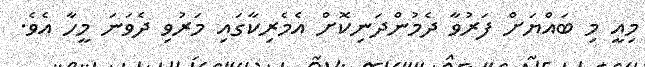
މިއީ މި ބައްޔަށް ފަރުވާ ދެމުންދަނިކޮށް އެމެރިކާގަައި މަރުވި ދެވަނަ މީހާ އެވެ.